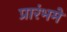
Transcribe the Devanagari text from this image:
प्रारंभमे